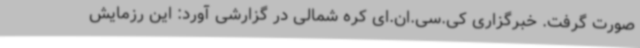
صورت گرفت. خبرگزاری کی.سی.ان.ای کره شمالی در گزارشی آورد: این رزمایش